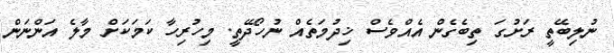
ނުލިބޭތީ ރަށުގަ ތިބެގެން އެއްވެސް ޚިދުމަތެއް ނުހޯދޭތީ. މިހުރިހާ ކަމަކަށް މާލެ އަންނަން